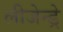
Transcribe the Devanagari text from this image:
लीजेन्ड्रे